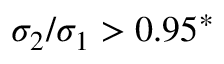
\sigma _ { 2 } / \sigma _ { 1 } > 0 . 9 5 ^ { * }